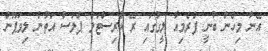
އޭނާ މިހެން ބުނީ ޕްރެމިއާ ލީގުގައި ރޭ ކްރިސްޓަލް ޕެލަސް އަތުން ލިވަޕޫން